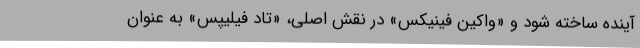
آینده ساخته شود و «واکین فینیکس» در نقش اصلی، «تاد فیلیپس» به عنوان